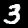
Label: 3